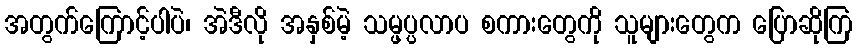
အတွက်ကြောင့်ပါပဲ၊ အဲဒီလို အနှစ်မဲ့ သမ္ဖပ္ပလာပ စကားတွေကို သူများတွေက ပြောဆိုကြ